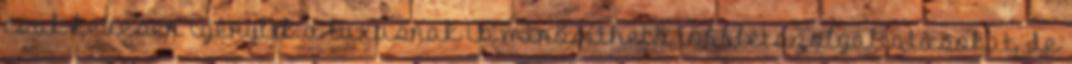
csak kevesen igénylik a luxusnak is minősíthető többletszolgáltatásokat, de